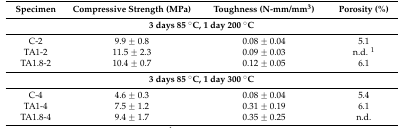
<table><thead><tr><td><b>Specimen</b></td><td><b>Compressive Strength (MPa)</b></td><td><b>Toughness (N-mm/mm<sup>3</sup>)</b></td><td><b>Porosity (%)</b></td></tr></thead><tbody><tr><td colspan="4"><b>3 days 85 °C, 1 day 200 °C</b></td></tr><tr><td>C-2</td><td>9.9 ± 0.8</td><td>0.08 ± 0.04</td><td>5.1</td></tr><tr><td>TA1-2</td><td>11.5 ± 2.3</td><td>0.09 ± 0.03</td><td>n.d. <sup>1</sup></td></tr><tr><td>TA1.8-2</td><td>10.4 ± 0.7</td><td>0.12 ± 0.05</td><td>6.1</td></tr><tr><td colspan="4"><b>3 days 85 °C, 1 day 300 °C</b></td></tr><tr><td>C-4</td><td>4.6 ± 0.3</td><td>0.08 ± 0.04</td><td>5.4</td></tr><tr><td>TA1-4</td><td>7.5 ± 1.2</td><td>0.31 ± 0.19</td><td>6.1</td></tr><tr><td>TA1.8-4</td><td>9.4 ± 1.7</td><td>0.35 ± 0.25</td><td>n.d.</td></tr></tbody></table>